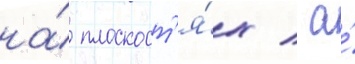
на́ плоскост'я́х / а́